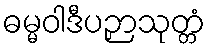
ဓမ္မဝါဒီပဉှာသုတ္တံ